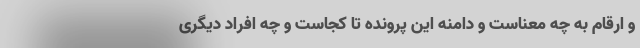
و ارقام به چه معناست و دامنه این پرونده تا کجاست و چه افراد دیگری